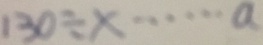
1 3 0 \div x \cdots a